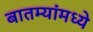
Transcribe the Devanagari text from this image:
बातम्यांमध्ये